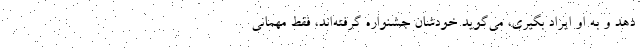
دهد و به او ایراد بگیری، می‌گوید خودشان جشنواره گرفته‌اند، فقط مهمانی